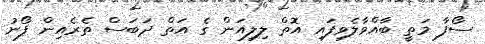
ސޯފާ މަތީ ބާއްވާލެވިފައި އޮތް ލިލިއަން ގެ އަތް ދަބަސް ތެރެއިން ފޯނު